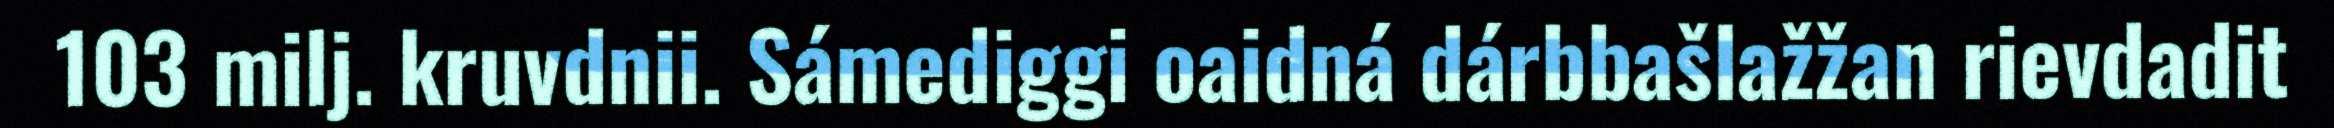
103 milj. kruvdnii. Sámediggi oaidná dárbbašlažžan rievdadit